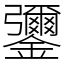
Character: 䥸